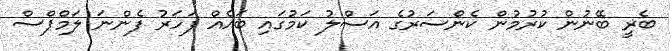
ބެރީ ބޭނުން ކުރުމުން ކެންސަރުގެ އަސްލު ކަމުގައި ބައެއް ފަހަރު ފެންނަ ލަމްޕްސް